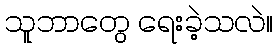
သူဘာတွေ ရေးခဲ့သလဲ။